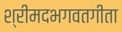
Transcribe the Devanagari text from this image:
श्रीमदभगवतगीता